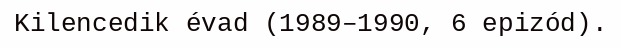
Kilencedik évad (1989–1990, 6 epizód).